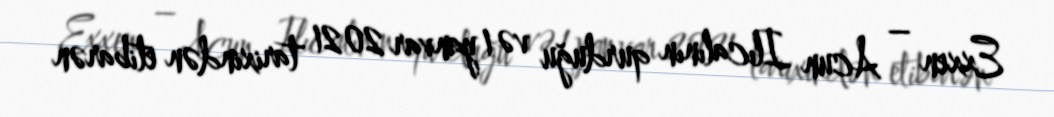
Exxen – Acun Ilıcalının qurduğu və 1 yanvar 2021 tarixindən etibarən